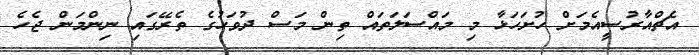
އެޗްއާރުސީއެމަށް ހުށަހަޅާ މި މައްސަލަތައް ތިން މަސް ދުވަހުގެ ތެރޭގައި ނިންމަން ޖެހެ